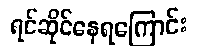
ရင်ဆိုင်နေရကြောင်း